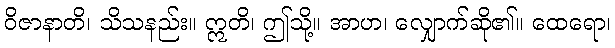
ဝိဇာနာတိ၊ သိသနည်း။ ဣတိ၊ ဤသို့။ အာဟ၊ လျှောက်ဆို၏။ ထေရော၊